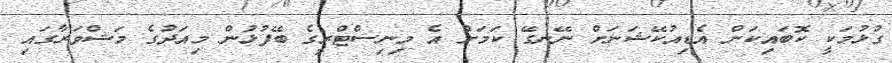
ގުޅުމަކީ ކޮބައިކަން އެޑިއުކޭޝަނަށް ނޭނގޭ ކަމަށް އެ މިނިސްޓްރީގެ ބޭފުޅުން މިއަދުގެ މަޝްވަރާގައި